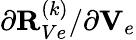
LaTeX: {\partial{\mathbf R}_{Ve}^{(k)}}/{\partial{\mathbf V}_{e}}